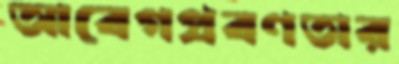
আবেগপ্রবণতার